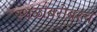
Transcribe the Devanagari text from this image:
स्थळांबरोबरच